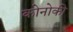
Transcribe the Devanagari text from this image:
कोनोकी